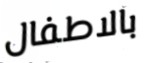
بالاطفال